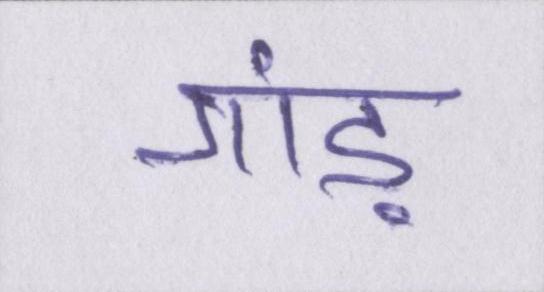
गांड़